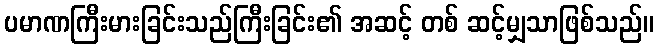
ပမာဏကြီးမားခြင်းသည်ကြီးခြင်း၏ အဆင့် တစ် ဆင့်မျှသာဖြစ်သည်။